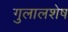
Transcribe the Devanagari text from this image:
गुलालशेष